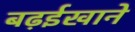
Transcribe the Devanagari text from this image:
बढ़ईखाने